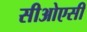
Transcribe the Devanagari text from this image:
सीओएसी